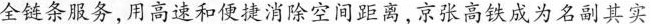
全链条服务,用高速和便捷消除空间距离,京张高铁成为名副其实